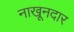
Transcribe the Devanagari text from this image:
नाखूनदार